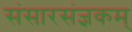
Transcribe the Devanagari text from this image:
संसारसंज्ञकम्